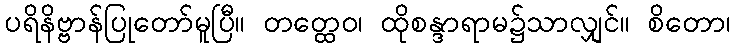
ပရိနိဗ္ဗာန်ပြုတော်မူပြီ။ တတ္ထေဝ၊ ထိုစန္ဒာရာမ၌သာလျှင်။ စိတော၊